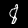
Digit: 8